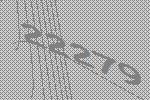
22279